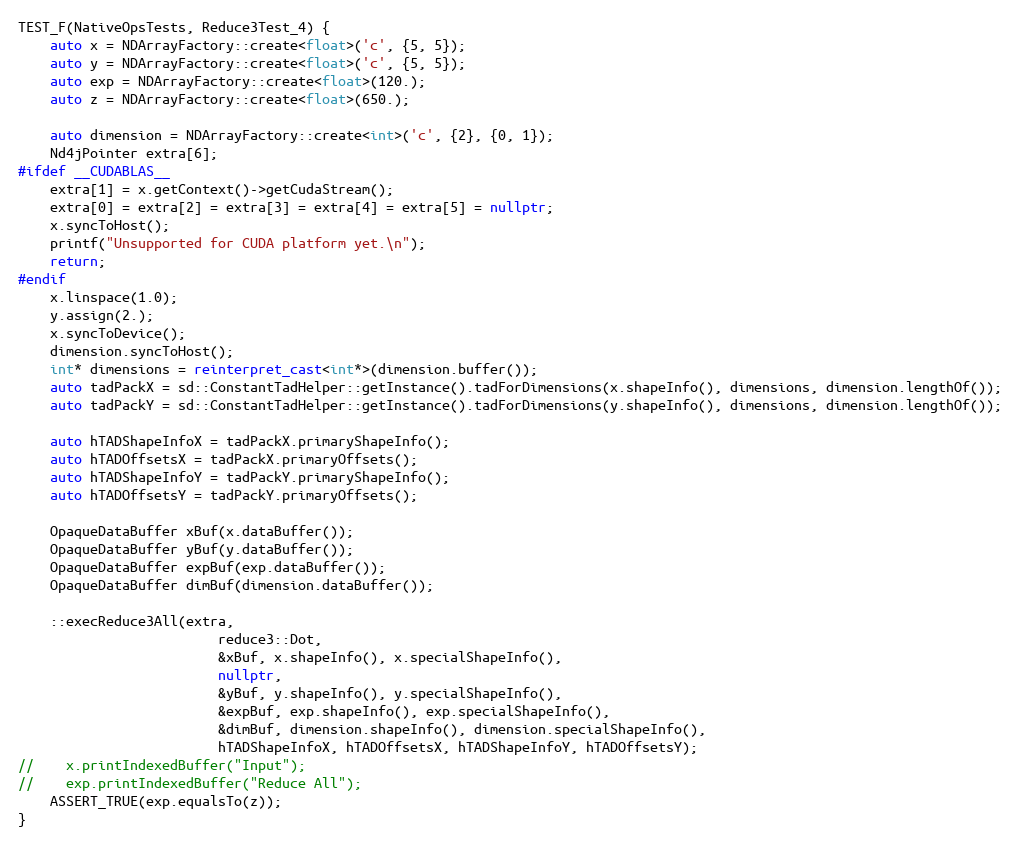
Language: C++
TEST_F(NativeOpsTests, Reduce3Test_4) {
    auto x = NDArrayFactory::create<float>('c', {5, 5});
    auto y = NDArrayFactory::create<float>('c', {5, 5});
    auto exp = NDArrayFactory::create<float>(120.);
    auto z = NDArrayFactory::create<float>(650.);

    auto dimension = NDArrayFactory::create<int>('c', {2}, {0, 1});
    Nd4jPointer extra[6];
#ifdef __CUDABLAS__
    extra[1] = x.getContext()->getCudaStream();
    extra[0] = extra[2] = extra[3] = extra[4] = extra[5] = nullptr;
    x.syncToHost();
    printf("Unsupported for CUDA platform yet.\n");
    return;
#endif
    x.linspace(1.0);
    y.assign(2.);
    x.syncToDevice();
    dimension.syncToHost();
    int* dimensions = reinterpret_cast<int*>(dimension.buffer());
    auto tadPackX = sd::ConstantTadHelper::getInstance().tadForDimensions(x.shapeInfo(), dimensions, dimension.lengthOf());
    auto tadPackY = sd::ConstantTadHelper::getInstance().tadForDimensions(y.shapeInfo(), dimensions, dimension.lengthOf());

    auto hTADShapeInfoX = tadPackX.primaryShapeInfo();
    auto hTADOffsetsX = tadPackX.primaryOffsets();
    auto hTADShapeInfoY = tadPackY.primaryShapeInfo();
    auto hTADOffsetsY = tadPackY.primaryOffsets();

    OpaqueDataBuffer xBuf(x.dataBuffer());
    OpaqueDataBuffer yBuf(y.dataBuffer());
    OpaqueDataBuffer expBuf(exp.dataBuffer());
    OpaqueDataBuffer dimBuf(dimension.dataBuffer());

    ::execReduce3All(extra,
                         reduce3::Dot,
                         &xBuf, x.shapeInfo(), x.specialShapeInfo(),
                         nullptr,
                         &yBuf, y.shapeInfo(), y.specialShapeInfo(),
                         &expBuf, exp.shapeInfo(), exp.specialShapeInfo(),
                         &dimBuf, dimension.shapeInfo(), dimension.specialShapeInfo(),
                         hTADShapeInfoX, hTADOffsetsX, hTADShapeInfoY, hTADOffsetsY);
//    x.printIndexedBuffer("Input");
//    exp.printIndexedBuffer("Reduce All");
    ASSERT_TRUE(exp.equalsTo(z));
}